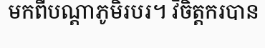
មកពីបណ្តាភូមិរបរ។ វិចិត្តករបាន